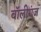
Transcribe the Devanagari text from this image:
बॉलीगंज